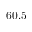
6 0 . 5